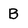
Character: B